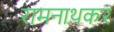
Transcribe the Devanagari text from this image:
रामनाथकर